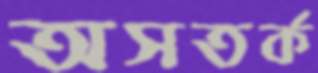
অসতর্ক